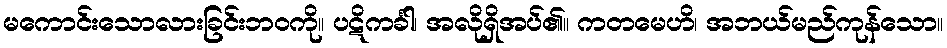
မကောင်းသောလားခြင်းဘဝကို။ ပဋိကင်္ခါ၊ အလိုရှိအပ်၏။ ကတမေဟိ၊ အဘယ်မည်ကုန်သော။